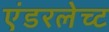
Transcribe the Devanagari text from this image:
एंडरलेच्ट